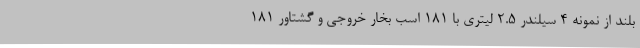
بلند از نمونه 4 سیلندر 2.5 لیتری با 181 اسب بخار خروجی و گشتاور 181